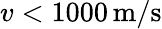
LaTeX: v<1000\, \mathrm{m/s}